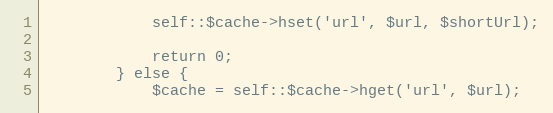
Language: PHP
            self::$cache->hset('url', $url, $shortUrl);

            return 0;
        } else {
            $cache = self::$cache->hget('url', $url);